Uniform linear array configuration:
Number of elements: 24
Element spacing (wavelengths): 0.75
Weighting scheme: hann
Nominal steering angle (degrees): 0
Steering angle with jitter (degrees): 1.613
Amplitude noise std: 0.05
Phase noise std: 0.05

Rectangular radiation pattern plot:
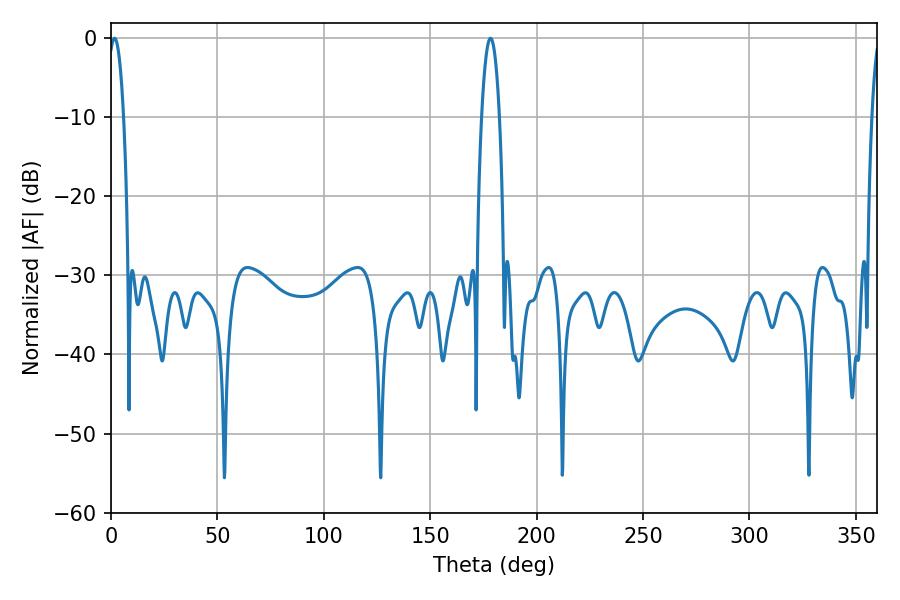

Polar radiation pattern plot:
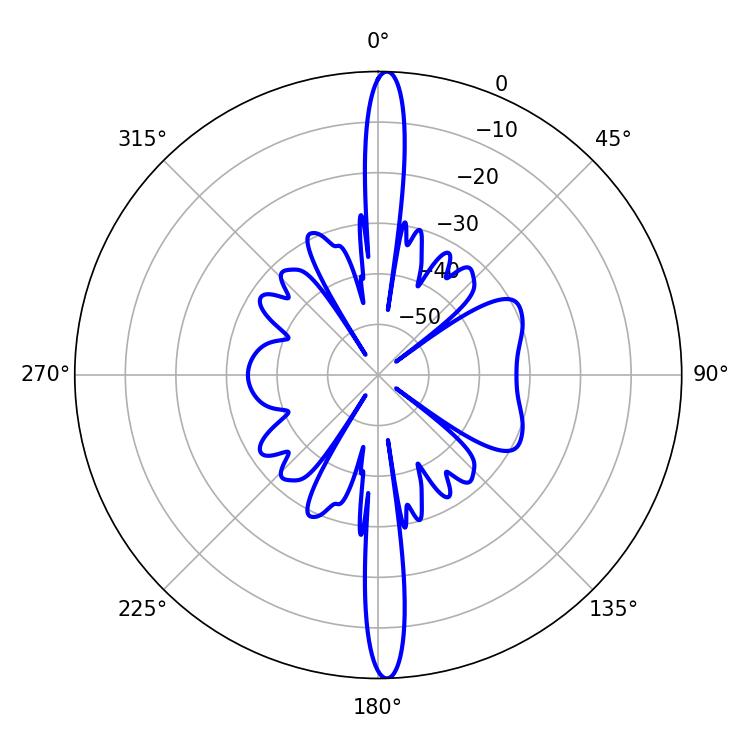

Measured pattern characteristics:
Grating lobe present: TRUE
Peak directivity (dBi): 25.481
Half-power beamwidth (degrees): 3.96
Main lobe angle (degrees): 1.62